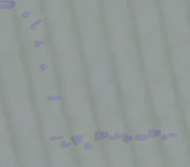
بيع وتوزيع مواد البناء وا